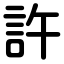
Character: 許